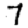
Digit: 7